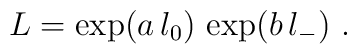
L =\exp(a \, l_0) \, \exp(b \, l_-)~.